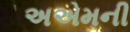
અએમની